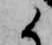
候